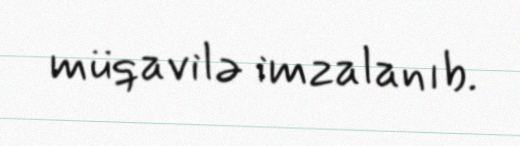
müqavilə imzalanıb.